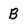
Character: B